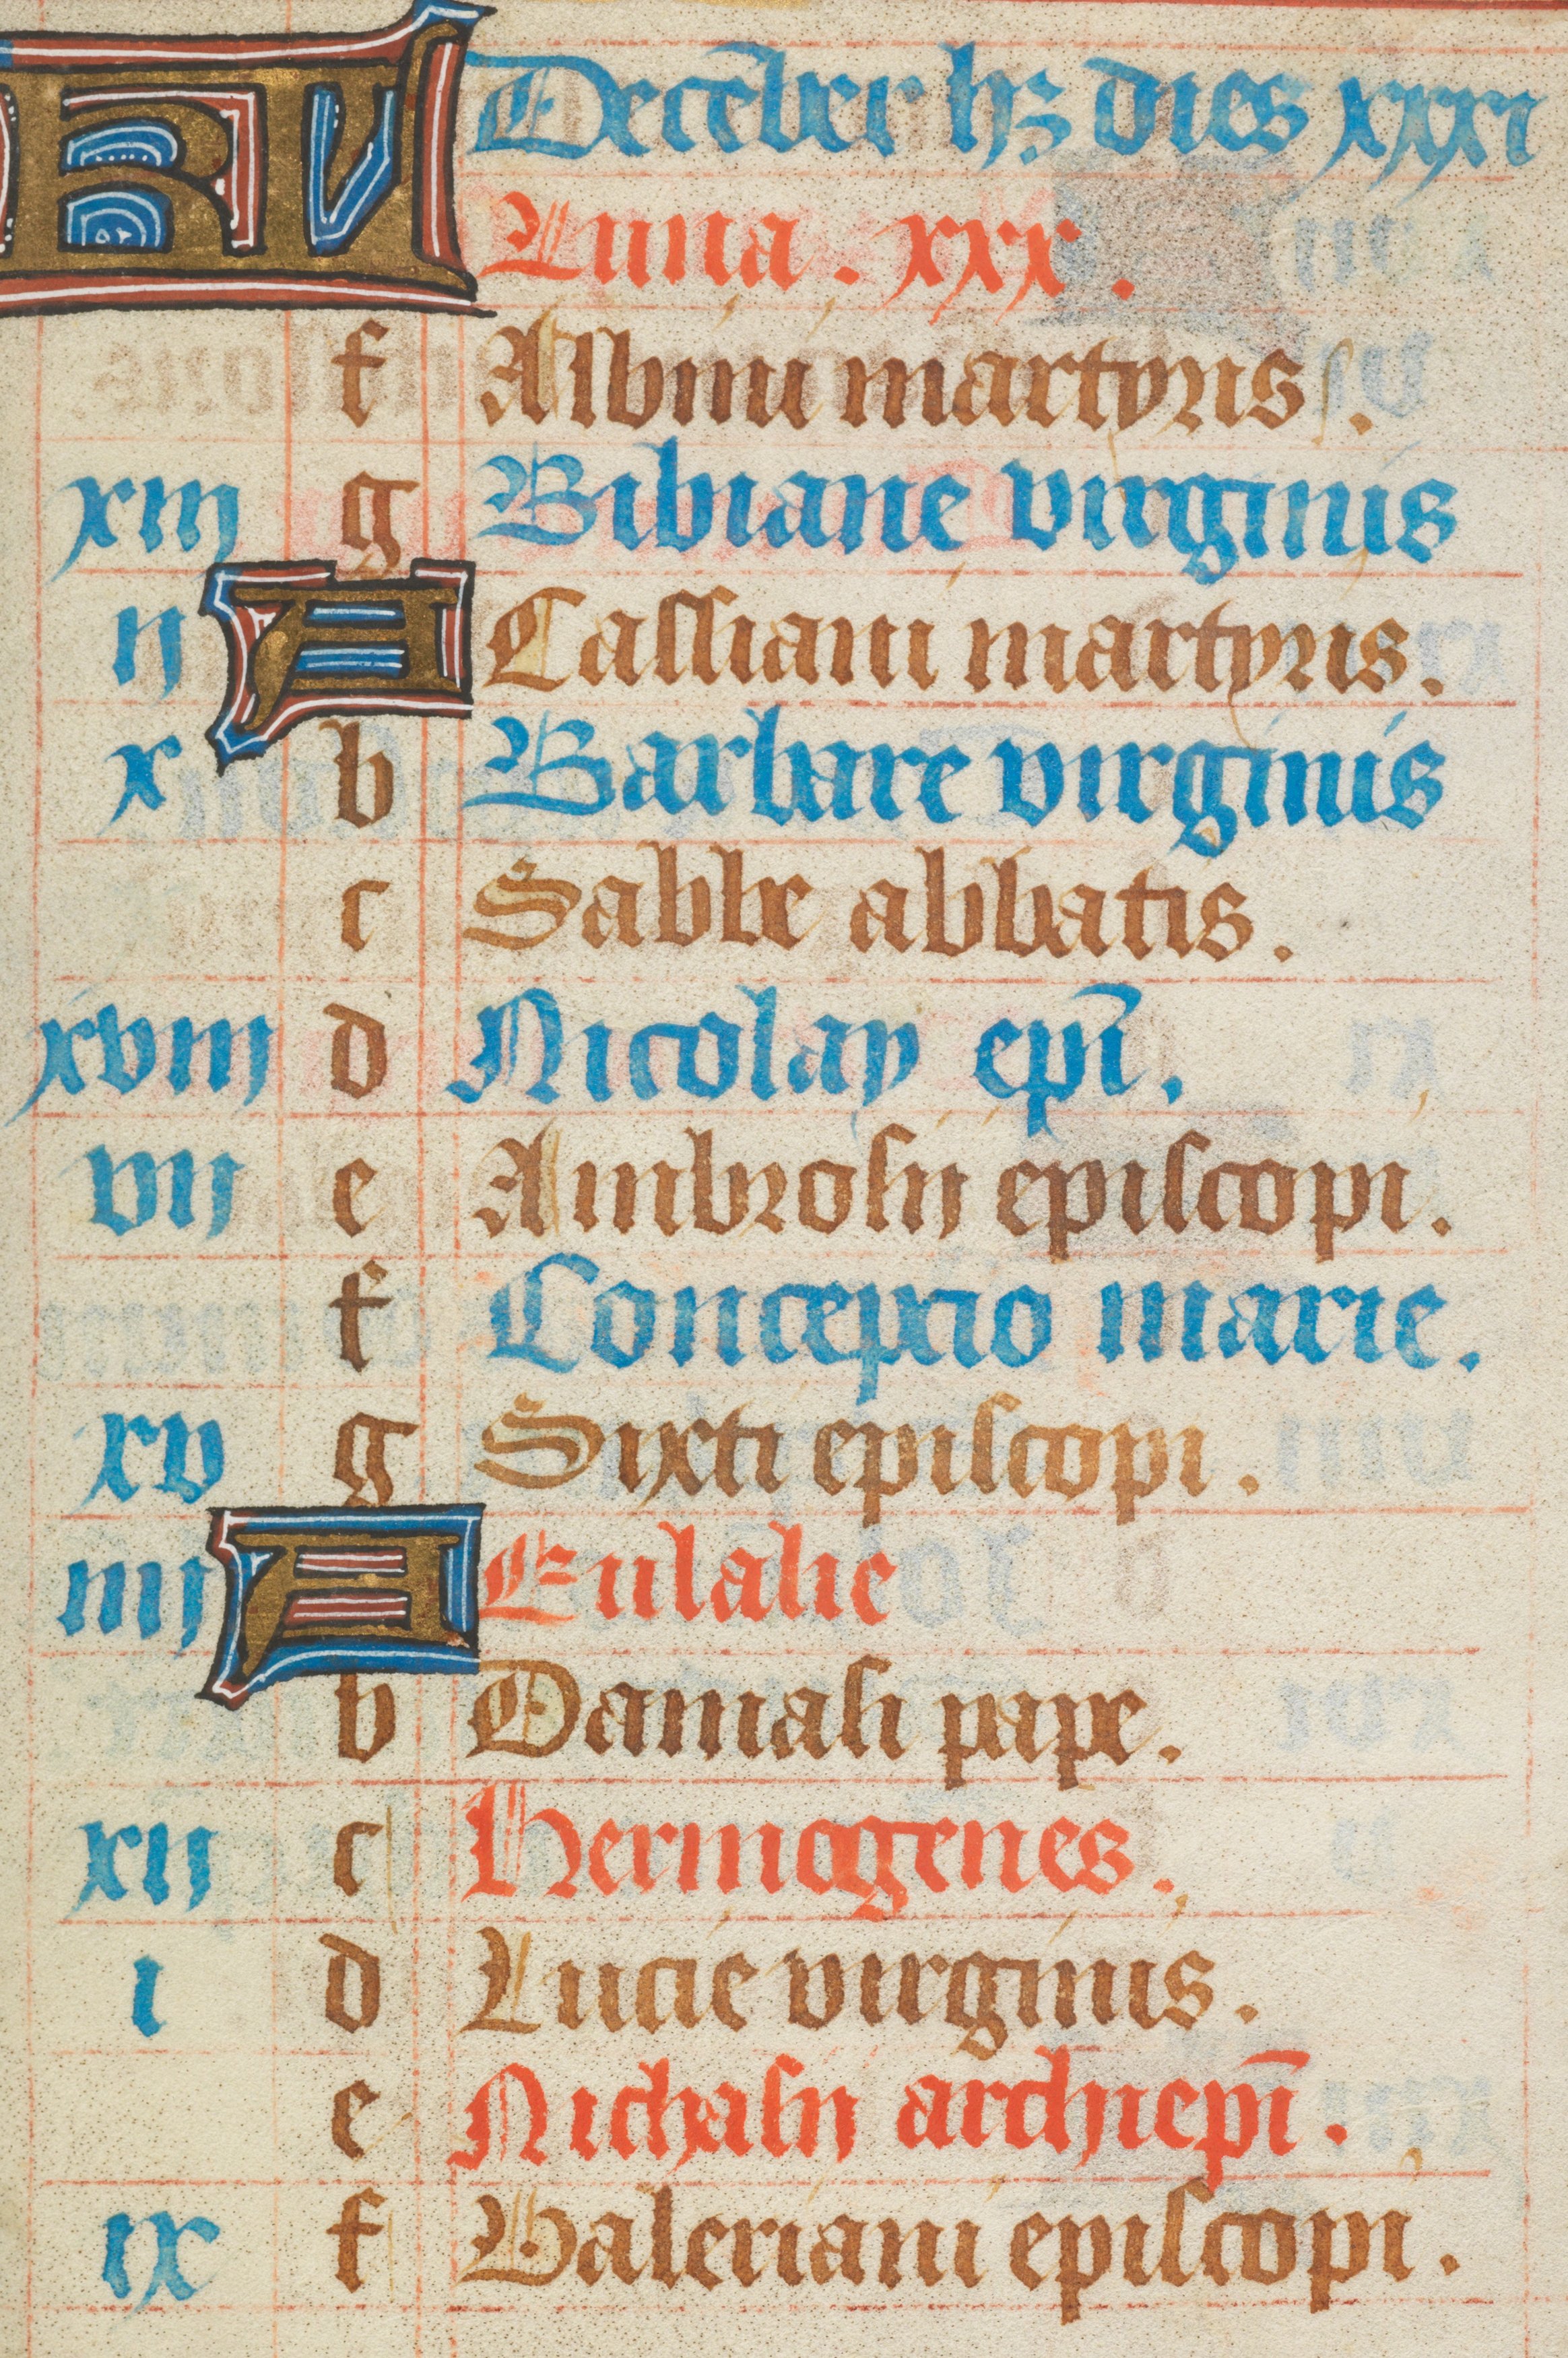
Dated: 1511–1520